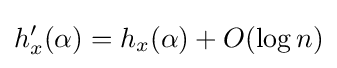
h'_{x}(\alpha )=h_{x}(\alpha )+O(\log n)